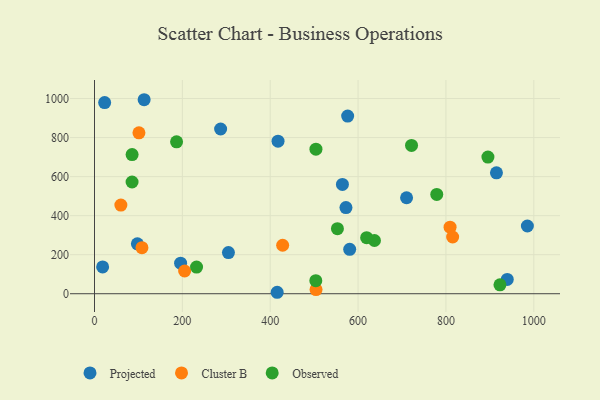
{"axis": {"x": "Study Hours", "y": "Fuel Efficiency"}, "legend": ["Cluster B", "Observed", "Projected"], "data": [{"x": "417.8", "y": 781.4, "type": "Projected"}, {"x": "939.6", "y": 73.3, "type": "Projected"}, {"x": "572.4", "y": 441.1, "type": "Projected"}, {"x": "580.9", "y": 227.3, "type": "Projected"}, {"x": "287.1", "y": 843.9, "type": "Projected"}, {"x": "304.9", "y": 211.0, "type": "Projected"}, {"x": "97.6", "y": 255.7, "type": "Projected"}, {"x": "415.8", "y": 7.4, "type": "Projected"}, {"x": "196.0", "y": 156.4, "type": "Projected"}, {"x": "985.4", "y": 347.0, "type": "Projected"}, {"x": "576.3", "y": 909.9, "type": "Projected"}, {"x": "23.1", "y": 979.3, "type": "Projected"}, {"x": "18.5", "y": 137.1, "type": "Projected"}, {"x": "710.4", "y": 491.7, "type": "Projected"}, {"x": "564.4", "y": 559.9, "type": "Projected"}, {"x": "113.0", "y": 993.9, "type": "Projected"}, {"x": "915.0", "y": 619.4, "type": "Projected"}, {"x": "428.3", "y": 248.3, "type": "Cluster B"}, {"x": "809.4", "y": 340.7, "type": "Cluster B"}, {"x": "815.3", "y": 290.7, "type": "Cluster B"}, {"x": "504.3", "y": 21.0, "type": "Cluster B"}, {"x": "60.0", "y": 454.3, "type": "Cluster B"}, {"x": "205.2", "y": 116.4, "type": "Cluster B"}, {"x": "101.2", "y": 824.5, "type": "Cluster B"}, {"x": "108.0", "y": 235.7, "type": "Cluster B"}, {"x": "232.3", "y": 136.5, "type": "Observed"}, {"x": "895.6", "y": 700.2, "type": "Observed"}, {"x": "186.8", "y": 778.0, "type": "Observed"}, {"x": "923.0", "y": 45.4, "type": "Observed"}, {"x": "504.1", "y": 740.5, "type": "Observed"}, {"x": "553.0", "y": 333.1, "type": "Observed"}, {"x": "779.1", "y": 508.5, "type": "Observed"}, {"x": "85.5", "y": 572.4, "type": "Observed"}, {"x": "637.3", "y": 272.6, "type": "Observed"}, {"x": "85.6", "y": 712.8, "type": "Observed"}, {"x": "619.5", "y": 287.1, "type": "Observed"}, {"x": "503.8", "y": 66.8, "type": "Observed"}, {"x": "721.7", "y": 759.9, "type": "Observed"}]}